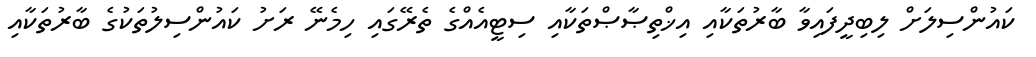
ކައުންސިލަށް ލިބިދީފައިވާ ބާރުތަކާއި އިޚްތިޞާޞްތަކާއި ސިޓީއެއްގެ ތެރޭގައި ހިމެނޭ ރަށު ކައުންސިލުތަކުގެ ބާރުތަކާއި